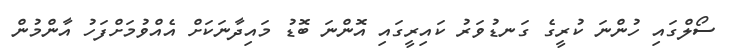
ސޯލްގައި ހުންނަ ކުރީގެ ގަނޑުވަރު ކައިރީގައި އޮންނަ ބޮޑު މައިދާނަކަށް އެއްވުމަށްފަހު އާންމުން